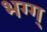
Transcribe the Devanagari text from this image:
भग्ग्